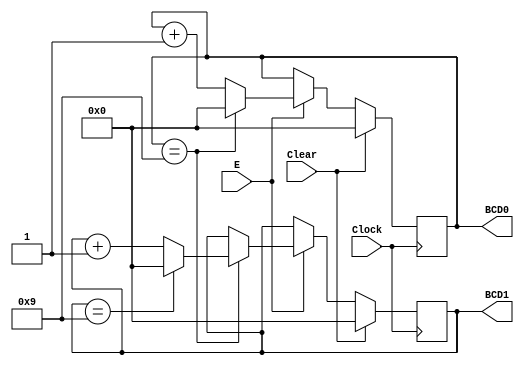
module BCDcount (Clock,Clear ,E ,BCD1 ,BCD0);
input Clock;
input Clear;
input E;

output reg [3:0]BCD1;
output reg [3:0]BCD0;
always @(posedge Clock ) 
  begin
if (Clear) 
  begin
   BCD1 <= 0;
   BCD0 <= 0;
end
else if (E)
       if (BCD0 == 4'b1001)
         begin
         BCD0 <= 0;
       if (BCD1 == 4'b1001)
         BCD1 <= 0;
       else
         BCD1 <= BCD1+ 1;
       end
      else
         BCD0 <= BCD0 + 1;
end
endmodule